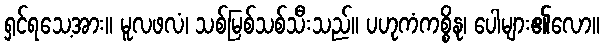
ရှင်ရသေ့အား။ မူလဖလံ၊ သစ်မြစ်သစ်သီးသည်။ ပဟုကံကစ္စိနု၊ ပေါများ၏လော။